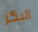
البكر